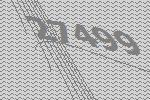
27499